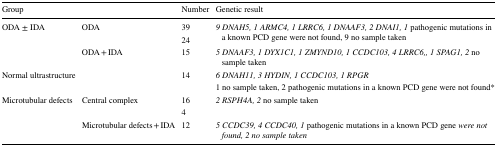
<table><thead><tr><td><b>Group</b></td><td></td><td><b>Number</b></td><td><b>Genetic result</b></td></tr></thead><tbody><tr><td rowspan="3">ODA ± IDA</td><td rowspan="2">ODA</td><td>39</td><td rowspan="2"><i>9 DNAH5, 1 ARMC4, 1 LRRC6, 1 DNAAF3, 2 DNAI1, 1</i> pathogenic mutations in a known PCD gene were not found, 9 no sample taken</td></tr><tr><td>24</td></tr><tr><td>ODA + IDA</td><td>15</td><td><i>5 DNAAF3, 1 DYX1C1, 1 ZMYND10, 1 CCDC103, 4 LRRC6,, 1 SPAG1, 2</i> no sample taken</td></tr><tr><td rowspan="2">Normal ultrastructure</td><td rowspan="2"></td><td rowspan="2">14</td><td><i>6 DNAH11, 3 HYDIN, 1 CCDC103, 1 RPGR</i></td></tr><tr><td>1 no sample taken, 2 pathogenic mutations in a known PCD gene were not found*</td></tr><tr><td rowspan="3">Microtubular defects</td><td rowspan="2">Central complex</td><td>16</td><td rowspan="2"><i>2 RSPH4A, 2</i> no sample taken</td></tr><tr><td>4</td></tr><tr><td>Microtubular defects + IDA</td><td>12</td><td><i>5 CCDC39, 4 CCDC40, 1</i> pathogenic mutations in a known PCD gene <i>were not found, 2 no sample taken</i></td></tr></tbody></table>